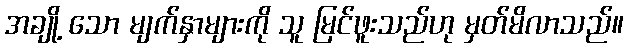
အချို့ သော မျက်နှာများကို သူ မြင်ဖူးသည်ဟု မှတ်မိလာသည်။